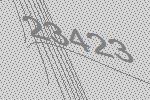
23423